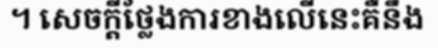
។ សេចក្តីថ្លែងការខាងលើនេះគឺនឹង